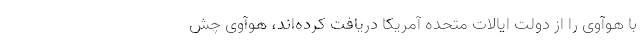
با هوآوی را از دولت ایالات متحده آمریکا دریافت کرده‌اند، هوآوی چش